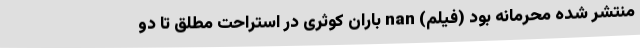
منتشر شده محرمانه بود (فیلم) nan باران کوثری در استراحت مطلق تا دو